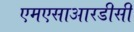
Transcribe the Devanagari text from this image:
एमएसाआरडीसी